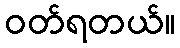
ဝတ်ရတယ်။